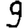
Digit: 9